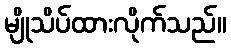
မျိုသိပ်ထားလိုက်သည်။